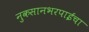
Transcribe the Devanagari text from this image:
नुकसानभरपाईचा